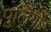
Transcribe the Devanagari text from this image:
पुलिंगों